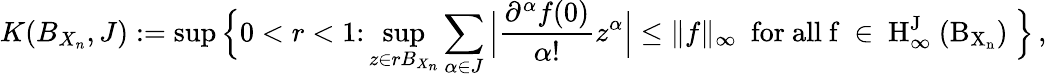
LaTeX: K(B_{X_{n}},J):=\operatorname*{sup}\Big\{ 0<r<1\colon\operatorname*{sup}_{z\in rB_{X_{n}}}\sum_{\alpha\in J}\Big|\frac{\partial^{\alpha}f(0)}{\alpha!}z^{\alpha}\Big|\le\| f\| _{\infty}\, \, \, \mathrm{for~all~f~\in~H^J_\infty~(B_{X_n})~}\Big\} \, ,